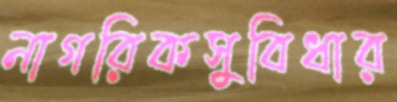
নাগরিকসুবিধার